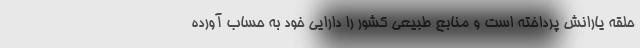
حلقه یارانش پرداخته است و منابع طبیعی کشور را دارایی خود به حساب آورده